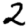
Digit: 2